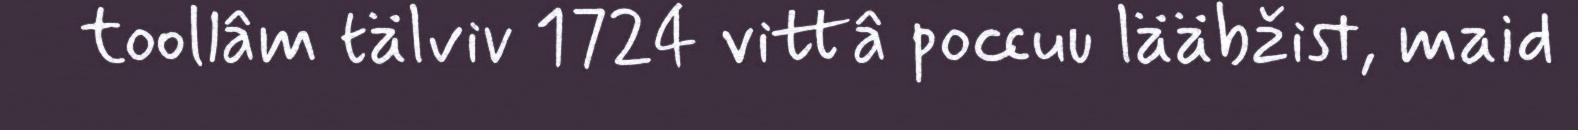
toollâm tälviv 1724 vittâ poccuu lääbžist, maid